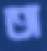
অ